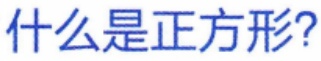
什么是正方形?